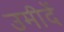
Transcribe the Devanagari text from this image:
उमीदें